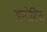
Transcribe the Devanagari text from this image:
अन्वेशित